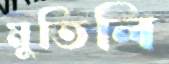
মুতিলি